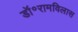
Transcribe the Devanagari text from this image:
डॉ॰रामविलास